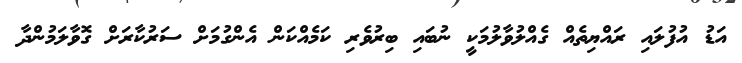
އަޑު އުފުލައި ރައްޔިތެއް ގެއްލުވާލުމަކީ ނުބައި ބިރުވެރި ކަމެއްކަން އެންގުމަށް ސަރުކާރަށް ގޮވާލަމުންދާ